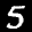
Label: 5